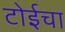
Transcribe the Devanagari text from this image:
टोईचा